65_HS1-834228961_62-HQ-83894_Section_3
Agency: FBI
Page 11
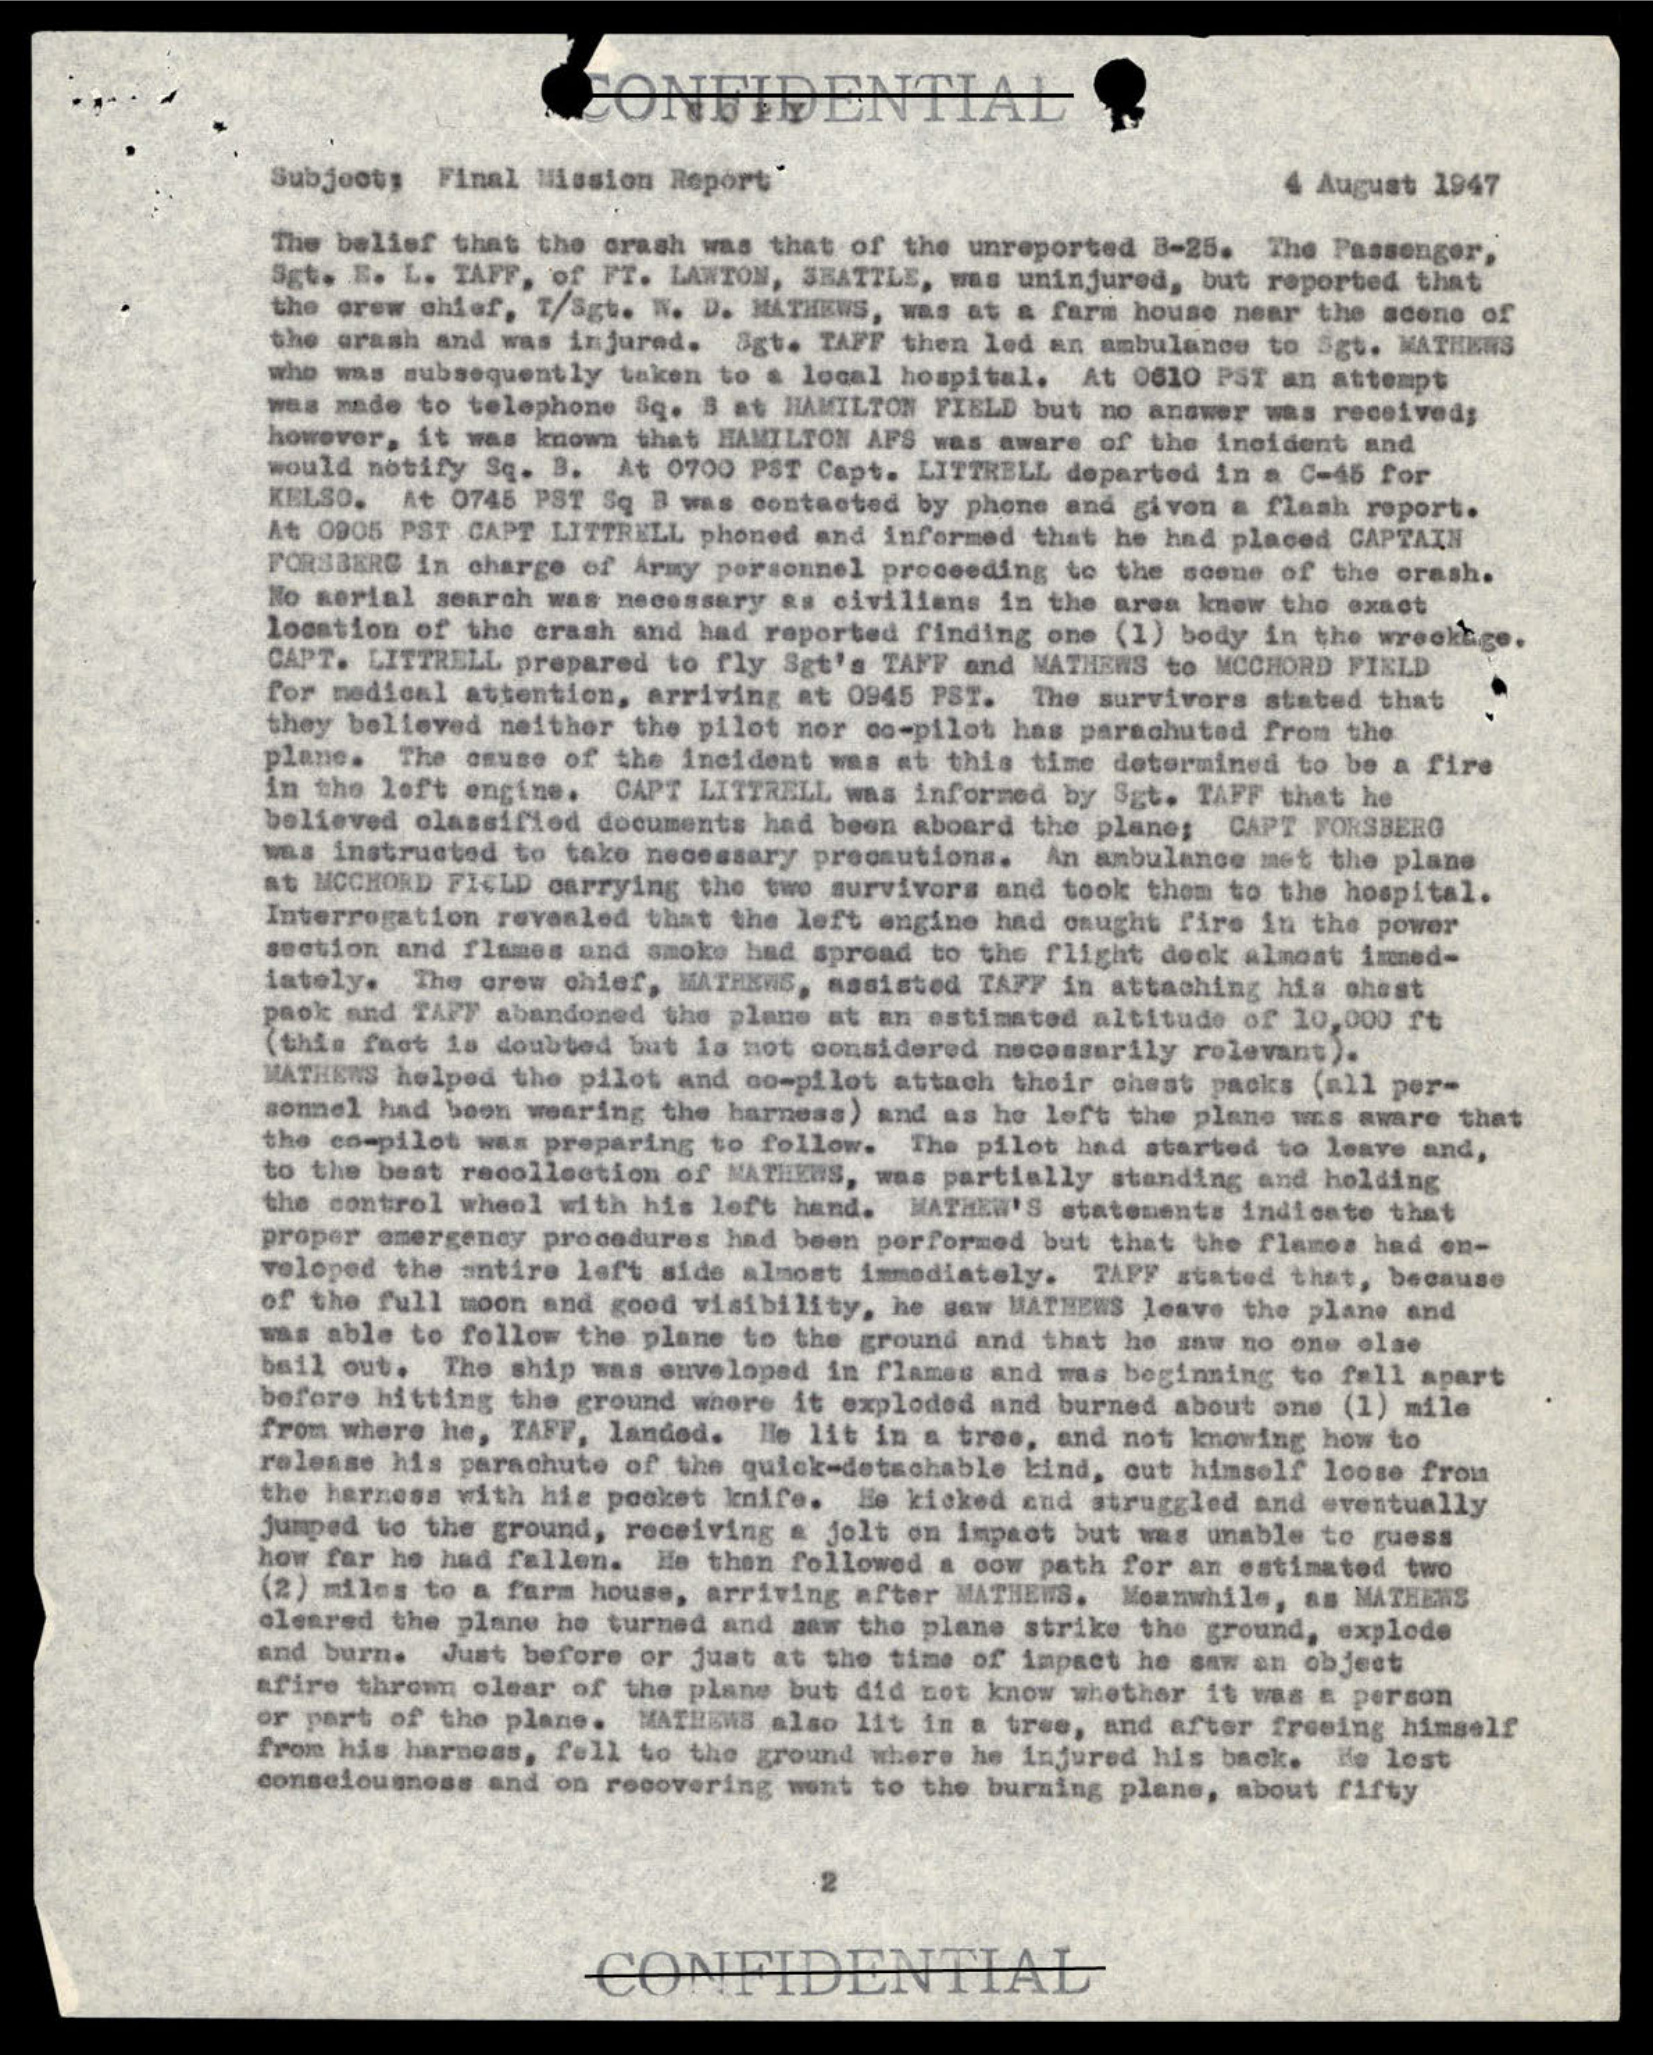